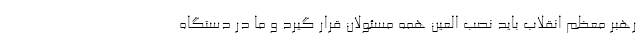
رهبر معظم انقلاب باید نصب العین همه مسئولان قرار گیرد و ما در دستگاه